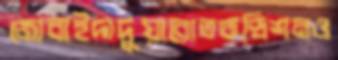
জোবাইদাদুয়ারোতকন্ডিশনও